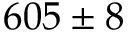
6 0 5 \pm 8